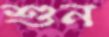
শুন